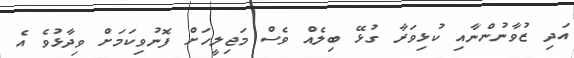
އަދި ޒުވާނުންނާއި ކުޅިވަރާ ގުޅޭ ބިލެއް ވެސް މަޖިލީހަށް ފޮނުވިކަމަށް ވިދާޅުވެ އެ